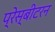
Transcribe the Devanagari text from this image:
प्रेस्बीटरन